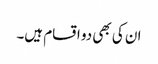
ان کی بھی دو اقسام ہیں۔